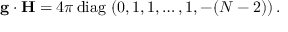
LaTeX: { \bf g } \cdot { \bf H } = { 4 \pi } \, \mathrm { d i a g } \, \, ( 0 , 1 , 1 , \dots , 1 , - ( N - 2 ) ) \, .